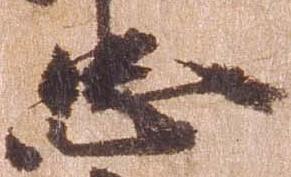
忠